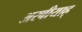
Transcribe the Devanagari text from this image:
अरबीयाह्